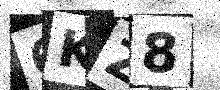
Text: 6KZ8